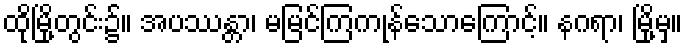
ထိုမြို့တွင်း၌။ အပဿန္တာ၊ မမြင်ကြကုန်သောကြောင့်။ နဂရာ၊ မြို့မှ။